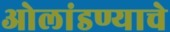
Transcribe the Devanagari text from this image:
ओलांडण्याचे